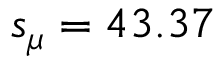
s _ { \mu } = 4 3 . 3 7